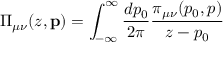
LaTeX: \Pi _ { \mu \nu } ( z , \mathbf { p } ) = \int _ { - \infty } ^ { \infty } \frac { d p _ { 0 } } { 2 \pi } \frac { \pi _ { \mu \nu } ( p _ { 0 } , p ) } { z - p _ { 0 } }